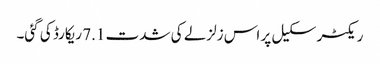
ریکٹر سکیل پر اس زلزلے کی شدت 7.1 ریکارڈ کی گئی۔